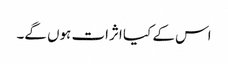
اس کے کیا اثرات ہوں گے۔